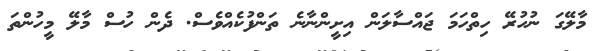
މާލޭގަ ނުހުރޭ ހިތްހަމަ ޖައްސާލަން އިށީންނާނެ ތަންފުކެއްވެސް. ދެން ހުސް މާލޭ މީހުންތަ